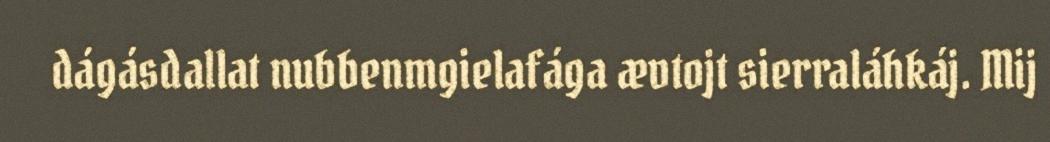
dágásdallat nubbenmgielafága ævtojt sierraláhkáj. Mij